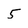
Character: 5